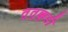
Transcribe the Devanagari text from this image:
तूतुक्कुडी